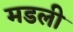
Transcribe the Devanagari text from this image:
मडली